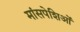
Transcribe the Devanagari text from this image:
मांसपेशिओं